Civil Veterinary Department Bihar reports 1940-50 - 1940-1950
Year: 1940
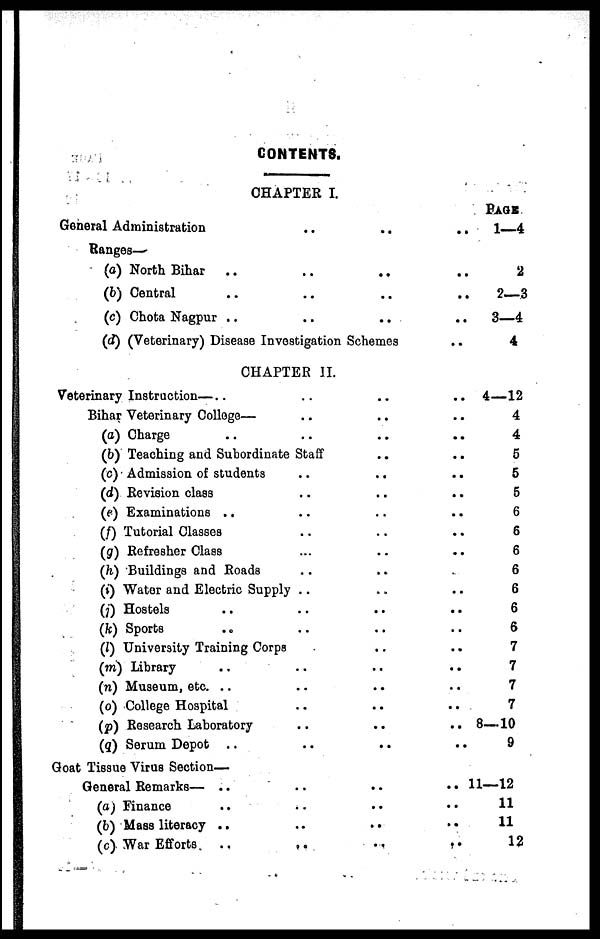
CONTENTS.
CHAPTER I.
General Administration
..
..
..
Ranges—
(a) North Bihar
..
..
..
..
(b) Central
..
..
...
..
(c) Chota Nagpur ..
..
..
..
(d) (Veterinary) Disease Investigation Schemes
..
CHAPTER II.
Veterinary Instruction—..
..
..
..
Bihar Veterinary
College—.
..
..
(a) Charge .. .. .. ...
(b) Teaching and Subordinate Staff.. ..
(c) Admission of students
..
..
..
(d) Revision class
..
..
..
(e) Examinations ..
..
..
..
(f) Tutorial Classes
..
..
..
(g) Refresher Class
...
..
..
(h) Buildings and Roads
..
..
..
(i) Water and Electric Supply
..
..
..
(j) Hostels
..
..
..
..
(k) Sports
..
..
..
..
(l) University Training Corps
..
..
..
(m) Library
..
..
..
..
(n) Museum, etc. ..
..
..
..
(o) College Hospital.. .. ..
(p) Research Laboratory
..
..
..
(q) Serum Depot ..
..
..
..
Goat Tissue Virus Section—
General Remarks— ..
..
..
..
(a) Finance
..
..
..
..
(b) Mass literacy ..
..
..
..
(c) War Efforts .... .. ..
PAGE
1—4
2
2—3
3—4
4
4—12
4
4
5
5
5
6
6
6
6
6
6
6
7
7
7
7
8—10
9
11—12
11
11
12